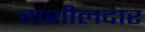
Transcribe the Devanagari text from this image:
ताशीलदार